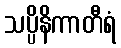
သပ္ပိနိကာတီရံ